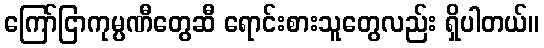
ကြော်ငြာကုမ္ပဏီတွေဆီ ရောင်းစားသူတွေလည်း ရှိပါတယ်။